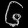
Digit: ၆